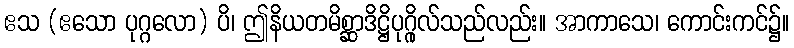
ဧသ (ဧသော ပုဂ္ဂလော) ပိ၊ ဤနိယတမိစ္ဆာဒိဋ္ဌိပုဂ္ဂိုလ်သည်လည်း။ အာကာသေ၊ ကောင်းကင်၌။